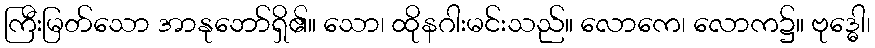
ကြီးမြတ်သော အာနုဘော်ရှိ၏။ သော၊ ထိုနဂါးမင်းသည်။ လောကေ၊ လောက၌။ ဗုဒ္ဓေါ၊